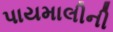
પાયમાલીની